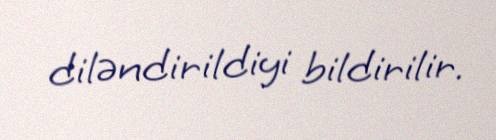
diləndirildiyi bildirilir.